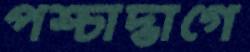
পশ্চাদ্ভাগে